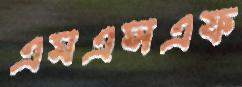
এমএসএফ